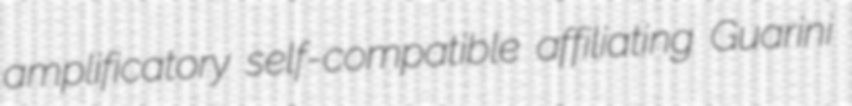
amplificatory self-compatible affiliating Guarini